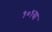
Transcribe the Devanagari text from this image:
१०१वा